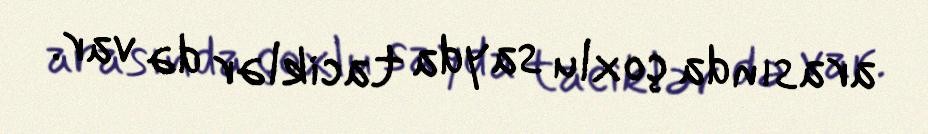
arasında çoxlu sayda taciklər də var.